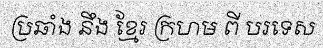
ប្រឆាំង នឹង ខ្មែរ ក្រហម ពី បរទេស